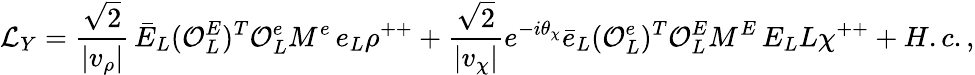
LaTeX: {\cal L}_{Y}=\frac{\sqrt{2}}{\vert v_{\rho}\vert}\, \bar{E}_{L}({\cal O}_{L}^{E})^{T}{\cal O}_{L}^{e}M^{e}\, e_{L}\rho^{++}+\frac{\sqrt{2}}{\vert v_{\chi}\vert}e^{-i\theta_{\chi}}\bar{e}_{L}({\cal O}_{L}^{e})^{T}{\cal O}_{L}^{E}M^{E}\, E_{L}L\chi^{++}+H.c.,